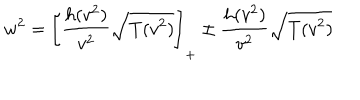
w ^ { 2 } = \left[ \frac { h ( v ^ { 2 } ) } { v ^ { 2 } } \sqrt { T ( v ^ { 2 } ) } \right] _ { + } \pm \frac { h ( v ^ { 2 } ) } { v ^ { 2 } } \sqrt { T ( v ^ { 2 } ) }